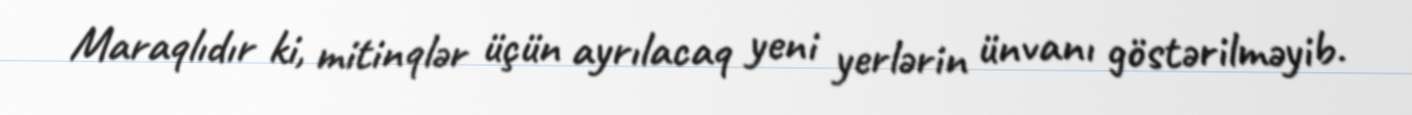
Maraqlıdır ki, mitinqlər üçün ayrılacaq yeni yerlərin ünvanı göstərilməyib.